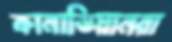
কানাডিয়ানরা